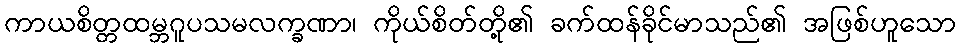
ကာယစိတ္တထမ္ဘဂူပသမလက္ခဏာ၊ ကိုယ်စိတ်တို့၏ ခက်ထန်ခိုင်မာသည်၏ အဖြစ်ဟူသော